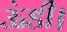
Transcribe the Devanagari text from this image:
ऊंडी।